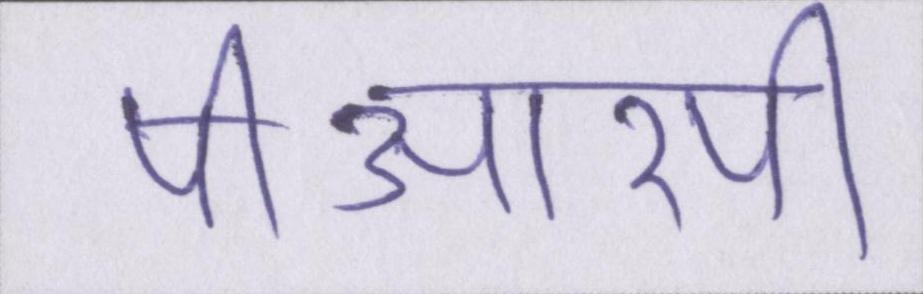
पीआरपी